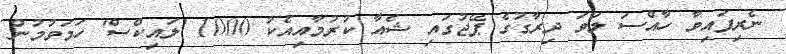
ނެރިފައިވާ ހާއްސަ ލަވަ ދިރާގުގެ ޕޭޖުގައި ޝެއާ ކުރުމާއިއެކު 1000 'ލައިކްސް' ހަމަވުމުން